Scottish Leaving Certificate Examination, 1959
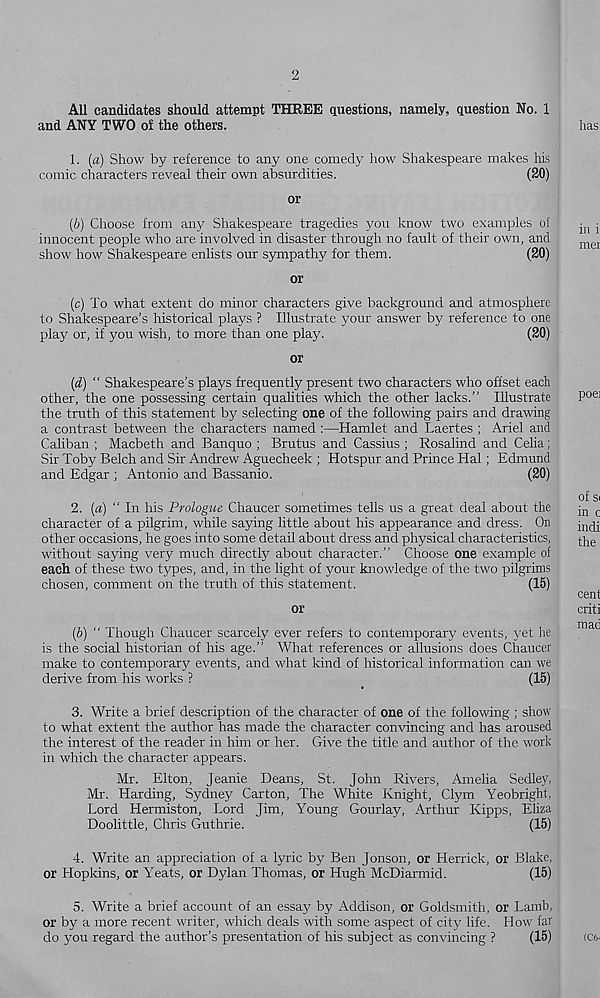
2
All candidates should attempt THREE questions, namely, question No. 1
and ANY TWO o! the others.
1. (a) Show by reference to any one comedy how Shakespeare makes his
comic characters reveal their own absurdities.
(20)
or
(6) Choose from any Shakespeare tragedies you know two examples of
innocent people who are involved in disaster through no fault of their own, and
show how Shakespeare enlists our sympathy for them.
(20)
or
(c) To what extent do minor characters give background and atmosphere
to Shakespeare’s historical plays ? Illustrate your answer by reference to one
play or, if you wish, to more than one play.
(20)
or
(d) “ Shakespeare’s plays frequently present two characters who offset each
other, the one possessing certain qualities which the other lacks.” Illustrate
the truth of this statement by selecting one of the following pairs and drawing
a contrast between the characters named :—Hamlet and Laertes ; Ariel and
Caliban ; Macbeth and Banquo ; Brutus and Cassius ; Rosalind and Celia;
Sir Toby Belch and Sir Andrew Aguecheek ; Hotspur and Prince Hal; Edmund
and Edgar ; Antonio and Bassanio.
(20)
2. (a) ” In his Prologue Chaucer sometimes tells us a great deal about the
character of a pilgrim, while saying little about his appearance and dress. On
other occasions, he goes into some detail about dress and physical characteristics,
without saying very much directly about character.” Choose one example of
each of these two types, and, in the light of your knowledge of the two pilgrims
chosen, comment on the truth of this statement.
(15)
or
(5) “ Though Chaucer scarcely ever refers to contemporary events, yet he
is the social historian of his age.” What references or allusions does Chaucer
make to contemporary events, and what kind of historical information can we
derive from his works ?
(15)
3. Write a brief description of the character of one of the following ; show
to what extent the author has made the character convincing and has aroused
the interest of the reader in him or her. Give the title and author of the work
in which the character appears.
Mr. Elton, Jeanie Deans, St. John Rivers, Amelia Sedley,
Mr. Harding, Sydney Carton, The White Knight, Clym Yeobright,
Lord Hermiston, Lord Jim, Young Gourlay, Arthur Kipps, Eliza
Doolittle, Chris Guthrie.
(15)
4. Write an appreciation of a lyric by Ben Jonson, or Herrick, or Blake,
or Hopkins, or Yeats, or Dylan Thomas, or Hugh McDiarmid.
(15)
5. Write a brief account of an essay by Addison, or Goldsmith, or Lamb,
or by a more recent writer, which deals with some aspect of city life. How far
do you regard the author’s presentation of his subject as convincing ?
(15)